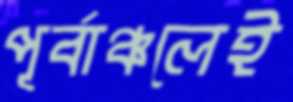
পূর্বাঞ্চলেই